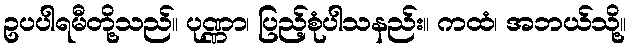
ဥပပါရမီတို့သည်။ ပုဏ္ဏာ၊ ပြည့်စုံပါသနည်း။ ကထံ၊ အဘယ်သို့။